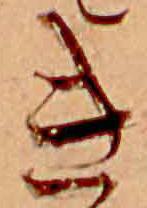
き